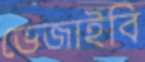
ভেজাইবি